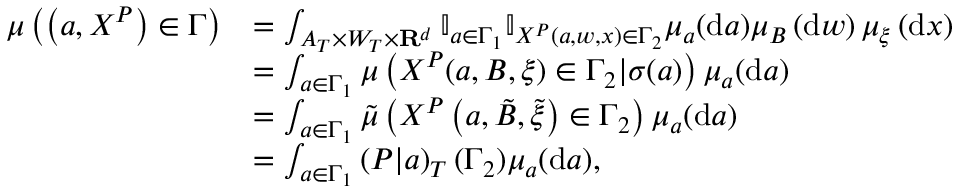
\begin{array} { r l } { \mu \left( \left( a , X ^ { P } \right) \in \Gamma \right) } & { = \int _ { A _ { T } \times W _ { T } \times \mathbf { R } ^ { d } } \mathbb { I } _ { a \in \Gamma _ { 1 } } \mathbb { I } _ { X ^ { P } ( a , w , x ) \in \Gamma _ { 2 } } \mu _ { a } ( \mathrm { d } a ) \mu _ { B } \left( \mathrm { d } w \right) \mu _ { \xi } \left( \mathrm { d } x \right) } \\ & { = \int _ { a \in \Gamma _ { 1 } } \mu \left( X ^ { P } ( a , B , \xi ) \in \Gamma _ { 2 } | \sigma ( a ) \right) \mu _ { a } ( \mathrm { d } a ) } \\ & { = \int _ { a \in \Gamma _ { 1 } } \Tilde { \mu } \left( X ^ { P } \left( a , \Tilde { B } , \Tilde { \xi } \right) \in \Gamma _ { 2 } \right) \mu _ { a } ( \mathrm { d } a ) } \\ & { = \int _ { a \in \Gamma _ { 1 } } \left( P | a \right) _ { T } ( \Gamma _ { 2 } ) \mu _ { a } ( \mathrm { d } a ) , } \end{array}